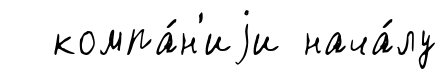
компа́н'иjи нача́лу